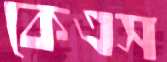
কেএস